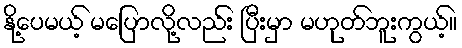
နို့ပေမယ့် မပြောလို့လည်း ပြီးမှာ မဟုတ်ဘူးကွယ့်။